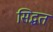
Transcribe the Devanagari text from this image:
सिद्धत